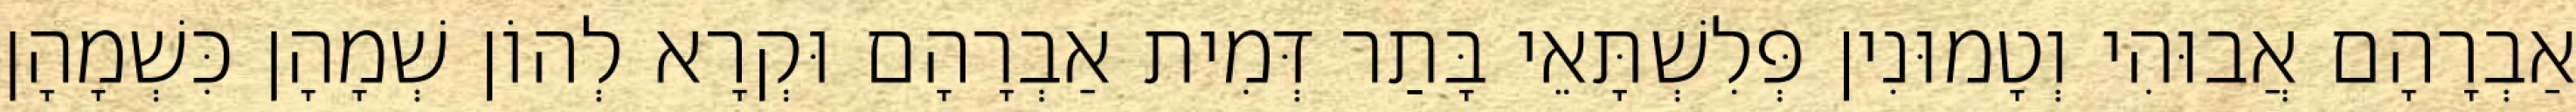
אַבְרָהָם אֲבוּהִי וְטָמוּנִין פְּלִשְׁתָּאֵי בָּתַר דְּמִית אַבְרָהָם וּקְרָא לְהוֹן שְׁמָהָן כִּשְׁמָהָן